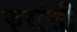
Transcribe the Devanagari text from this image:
फरांसी